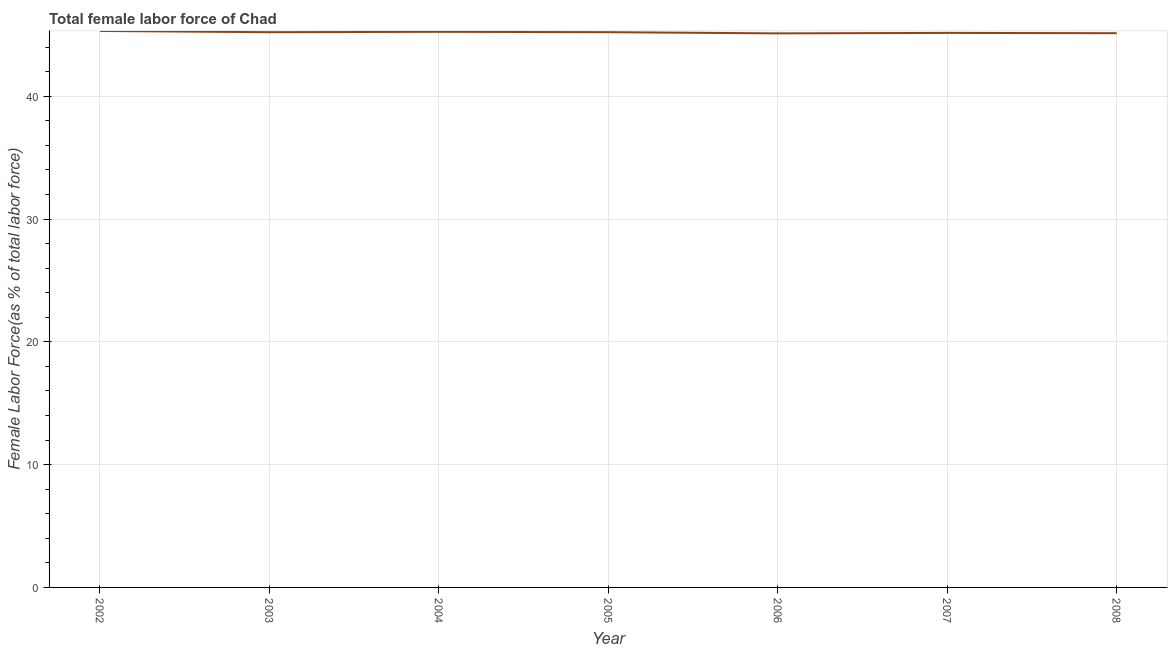
| Year | Female Labor force |
 | --- | --- |
 | 2002 | 45.3 |
 | 2003 | 45.2 |
 | 2004 | 45.2 |
 | 2005 | 45.2 |
 | 2006 | 45.1 |
 | 2007 | 45.2 |
 | 2008 | 45.1 |